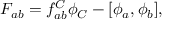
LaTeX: F _ { a b } = f _ { a b } ^ { C } \phi _ { C } - [ \phi _ { a } , \phi _ { b } ] ,